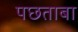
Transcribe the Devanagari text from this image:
पछताबा